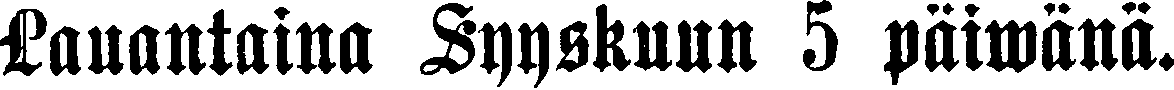
Lauantaina Syyskuun 5 päiwänä.